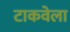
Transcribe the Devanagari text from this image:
टाकवेला